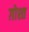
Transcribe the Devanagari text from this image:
ग़ोश्त